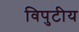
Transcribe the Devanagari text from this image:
विपुटीय